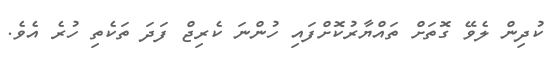
ކުދިން ލެވޭ ގޮތަށް ތައްޔާރުކޮށްފައި ހުންނަ ކެރިޖް ފަދަ ތަކެތި ހުރެ އެވެ.